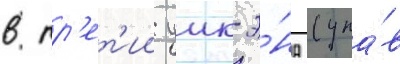
в тр'ет'ии уик-э́нд (упа́в